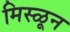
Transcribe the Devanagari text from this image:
मिस्ळून